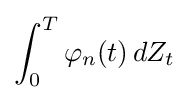
\int _{0}^{T}\varphi _{n}(t)\,dZ_{t}